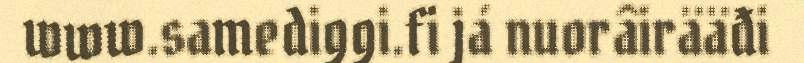
www.samediggi.fi já nuorâirääđi